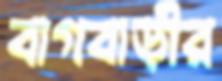
বাগবাড়ীর